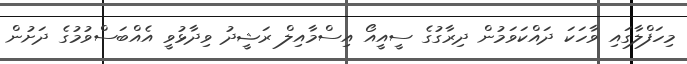
މިހަފްލާގައި ވާހަކަ ދައްކަވަމުން ދިރާގުގެ ސީއީއޯ އިސްމާއިލް ރަޝީދު ވިދާޅުވީ އެއްބަސްވުމުގެ ދަށުން